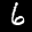
Label: 6